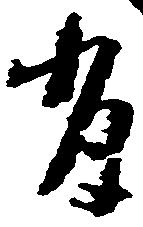
有